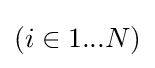
{\textstyle (i\in 1...N)}